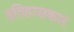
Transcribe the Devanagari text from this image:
इतिहासकार